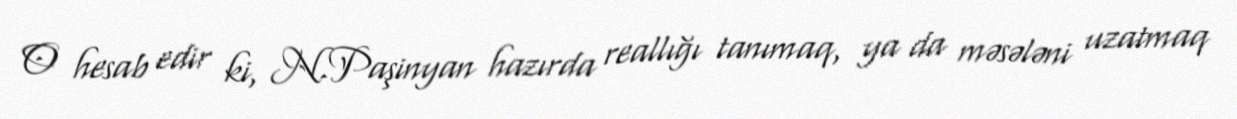
O hesab edir ki, N.Paşinyan hazırda reallığı tanımaq, ya da məsələni uzatmaq